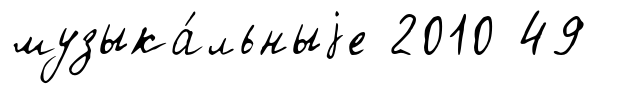
музыка́льныjе 2010 49